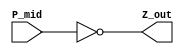
module CeldaFinalBit(output Z_out,
input P_mid
);

    not not_gate(Z_out, P_mid);

endmodule